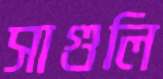
সাগুলি